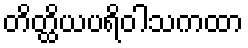
တိတ္ထိယပရိဝါသကထာ